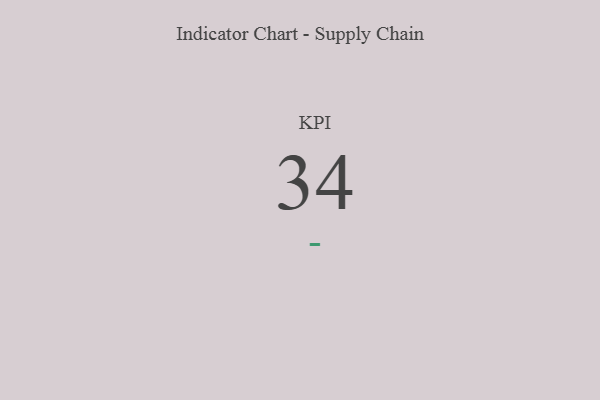
{"axis": {"x": "KPI", "y": "Value"}, "legend": [""], "data": [{"x": "KPI", "y": 34, "type": ""}]}